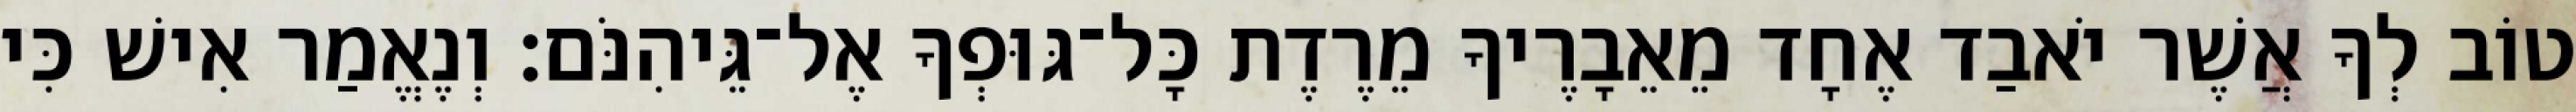
טוֹב לְךָ אֲשֶׁר יֹאבַד אֶחָד מֵאֵבָרֶיךָ מֵרֶדֶת כָּל־גּוּפְךָ אֶל־גֵּיהִנֹּם׃ וְנֶאֱמַר אִישׁ כִּי